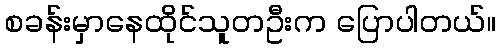
စခန်းမှာနေထိုင်သူတဦးက ပြောပါတယ်။